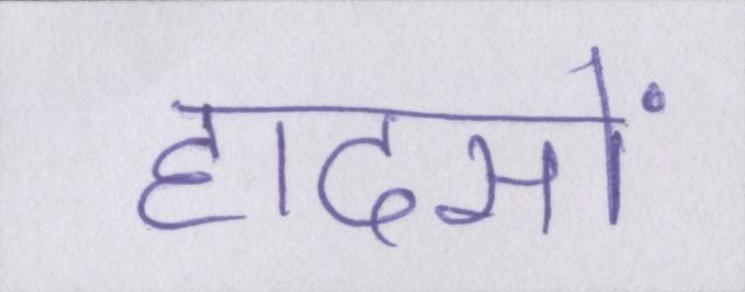
हादसों